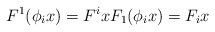
\begin{align*}F^1(\phi_i x) = F^i x F_1(\phi_i x) = F_i x\end{align*}